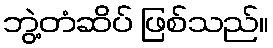
ဘွဲ့တံဆိပ် ဖြစ်သည်။